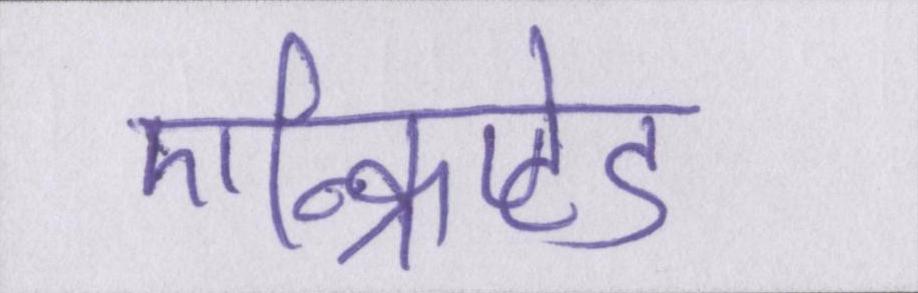
एन्क्रिप्टेड